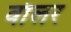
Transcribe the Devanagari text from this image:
वाँलर